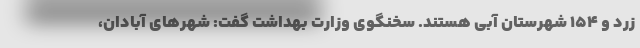
زرد و ۱۵۴ شهرستان آبی هستند. سخنگوی وزارت بهداشت گفت: شهرهای آبادان،